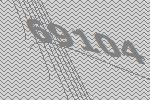
69104